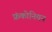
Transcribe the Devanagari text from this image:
फ्रंकोनियन